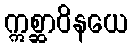
ဣစ္ဆာဝိနယေ